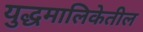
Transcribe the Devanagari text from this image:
युद्धमालिकेतील